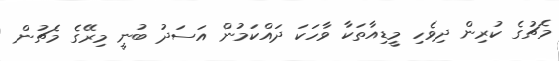
މެޗުގެ ކުރިން ދިވެހި މީޑިއާތަކާ ވާހަކަ ދައްކަމުން އަސަދު ބުނީ މިރޭގެ މެޗުން